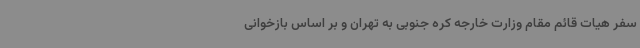
سفر هیات قائم مقام وزارت خارجه کره جنوبی به تهران و بر اساس بازخوانی